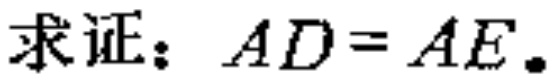
求证：\(AD = AE\)。